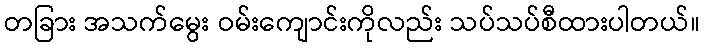
တခြား အသက်မွေး ဝမ်းကျောင်းကိုလည်း သပ်သပ်စီထားပါတယ်။